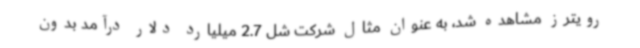
رویترز مشاهده شد، به عنوان مثال شرکت شل 2.7 میلیارد دلار درآمد بدون